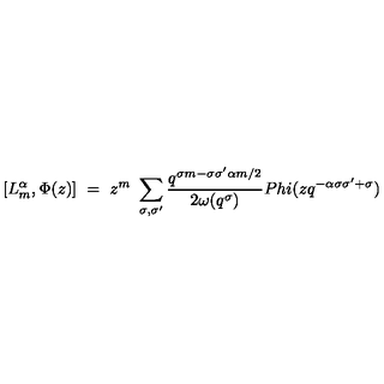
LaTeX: [ L _ { m } ^ { \alpha } , \Phi ( z ) ] \ = \ z ^ { m } \ \sum _ { \sigma , \sigma ^ { \prime } } \frac { q ^ { \sigma m - \sigma \sigma ^ { \prime } \alpha m / 2 } } { 2 \omega ( q ^ { \sigma } ) } P h i ( z q ^ { - \alpha \sigma \sigma ^ { \prime } + \sigma } )